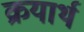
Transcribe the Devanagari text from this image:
क्रयार्थ